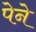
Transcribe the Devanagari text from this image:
पेने